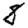
Digit: 8